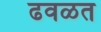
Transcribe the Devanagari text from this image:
ढवळत